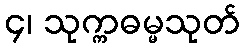
၄၊ သုက္ကဓမ္မသုတ်